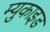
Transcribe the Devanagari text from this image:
म्युकाइड